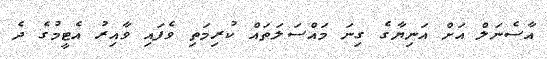
އާސެނަލް އަށް އަނިޔާގެ ގިނަ މައްސަލަތައް ކުރިމަތި ވެފައި ވާއިރު އެޓީމުގެ ދެ